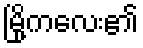
မြို့ကလေး၏